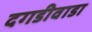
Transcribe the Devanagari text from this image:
दगडीवाडा